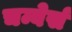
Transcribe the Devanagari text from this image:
चम्बेर्स